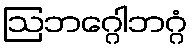
ဩဘဂ္ဂေါဘဂ္ဂံ